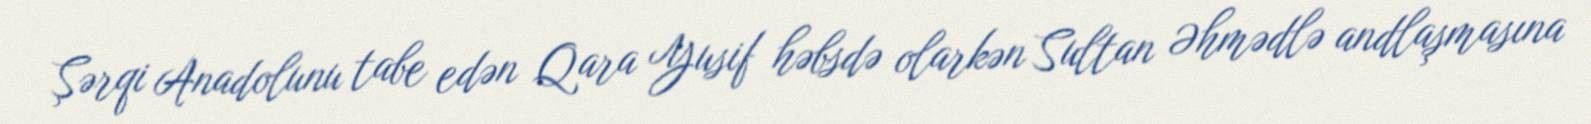
Şərqi Anadolunu tabe edən Qara Yusif həbsdə olarkən Sultan Əhmədlə andlaşmasına